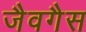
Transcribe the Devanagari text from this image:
जैवगैस